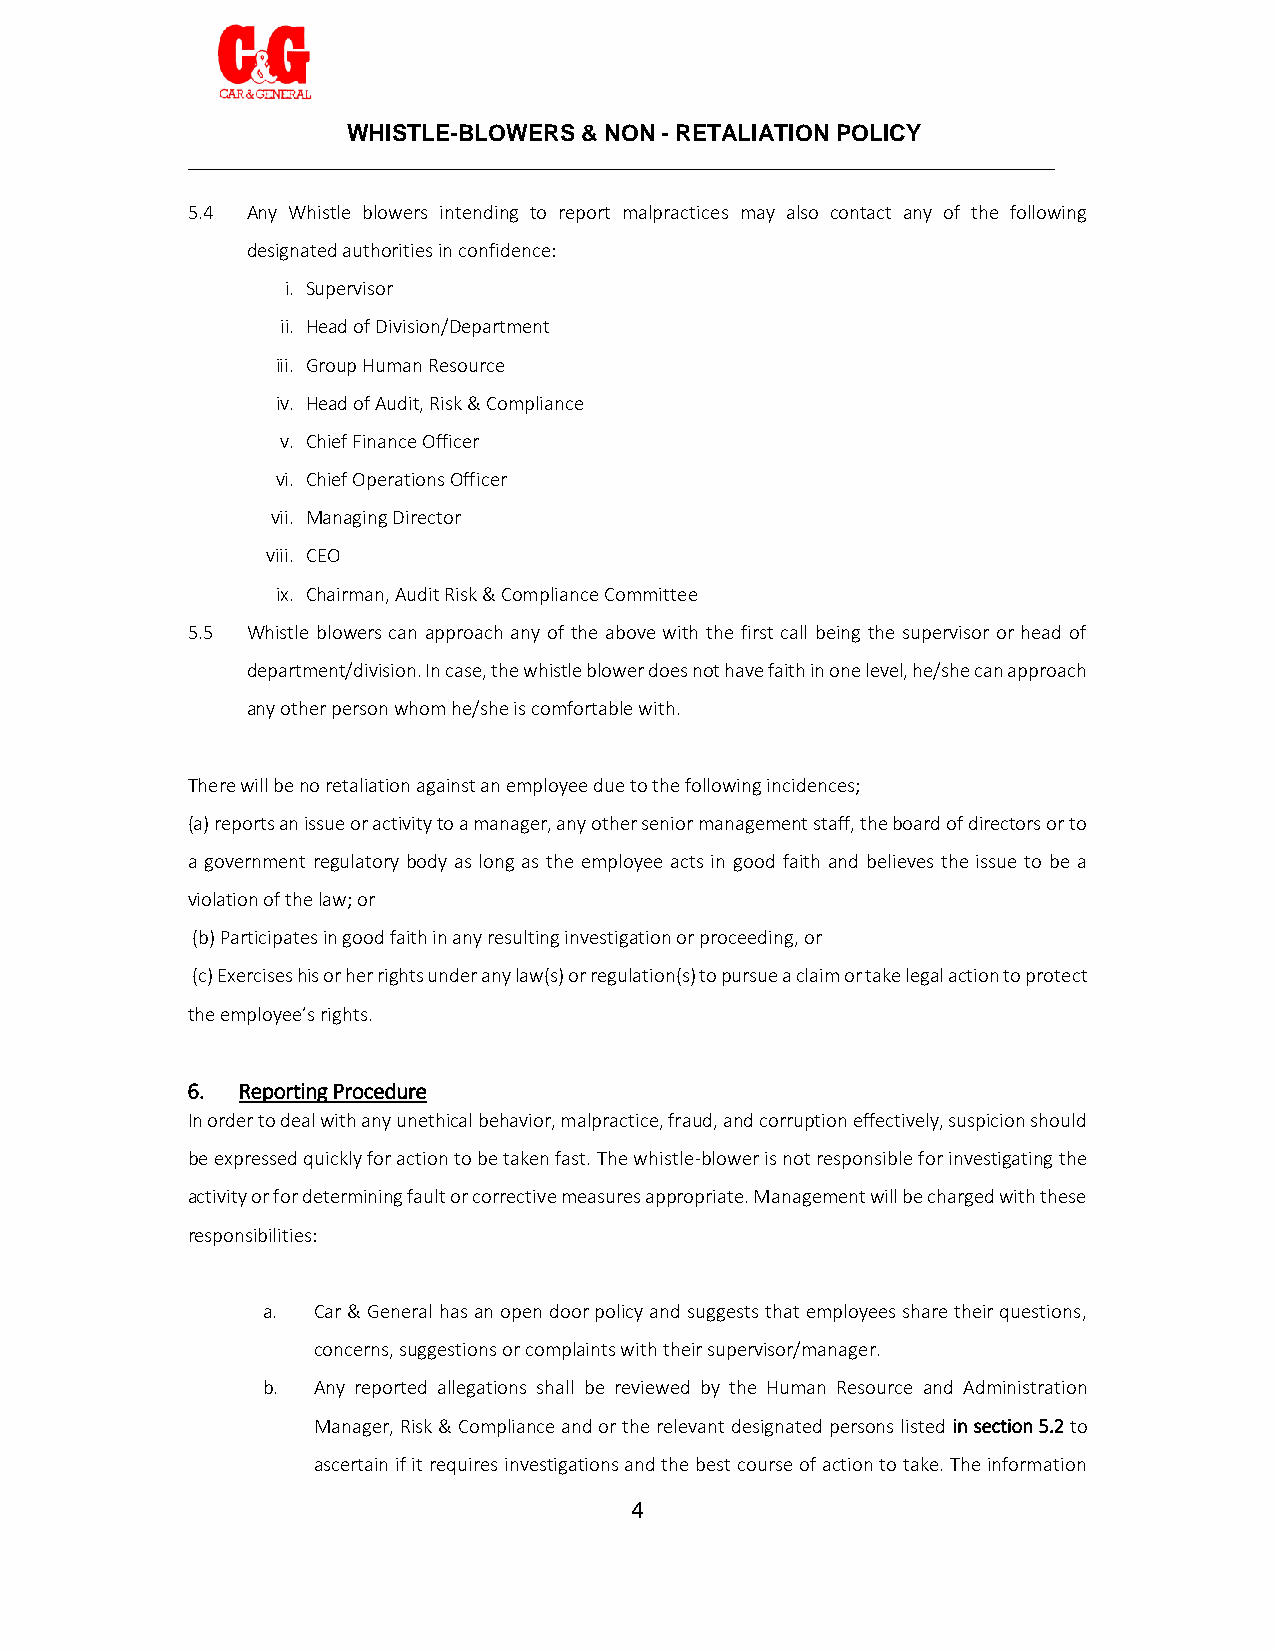
WHISTLE-BLOWERS & NON - RETALIATION POLICY
 ____________________________________________________________________
 5.4 Any Whistle blowers intending to report malpractices may also contact any of the following
 designated authorities in confidence:
 i. Supervisor
 ii. Head of Division/Department
 iii. Group Human Resource
 iv. Head of Audit, Risk & Compliance
 v. Chief Finance Officer
 vi. Chief Operations Officer
 vii. Managing Director
 viii. CEO
 ix. Chairman, Audit Risk & Compliance Committee
 5.5 Whistle blowers can approach any of the above with the first call being the supervisor or head of
 department/division. In case, the whistle blower does not have faith in one level, he/she can approach
 any other person whom he/she is comfortable with.
 There will be no retaliation against an employee due to the following incidences;
 (a) reports an issue or activity to a manager, any other senior management staff, the board of directors or to
 a government regulatory body as long as the employee acts in good faith and believes the issue to be a
 violation of the law; or
 (b) Participates in good faith in any resulting investigation or proceeding, or
 (c) Exercises his or her rights under any law(s) or regulation(s) to pursue a claim or take legal action to protect
 the employee’s rights.
 6.  Reporting Procedure
 In order to deal with any unethical behavior, malpractice, fraud, and corruption effectively, suspicion should
 be expressed quickly for action to be taken fast. The whistle-blower is not responsible for investigating the
 activity or for determining fault or corrective measures appropriate. Management will be charged with these
 responsibilities:
 a.  Car & General has an open door policy and suggests that employees share their questions,
 concerns, suggestions or complaints with their supervisor/manager.
 b.  Any reported allegations shall be reviewed by the Human Resource and Administration
 Manager, Risk & Compliance and or the relevant designated persons listed in section 5.2 to
 ascertain if it requires investigations and the best course of action to take. The information
 4